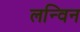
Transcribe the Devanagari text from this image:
लन्विन